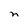
Character: n